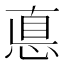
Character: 悳